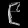
Digit: ၉